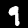
Digit: 9